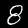
Label: 8